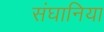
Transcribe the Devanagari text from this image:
संघानिया